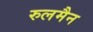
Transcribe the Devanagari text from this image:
रुलमैन